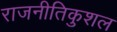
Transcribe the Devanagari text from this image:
राजनीतिकुशल